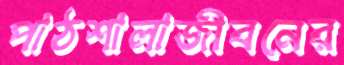
পাঠশালাজীবনের